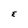
Character: E